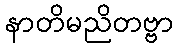
နာတိမညိတဗ္ဗာ